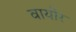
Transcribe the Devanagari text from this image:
वायोर